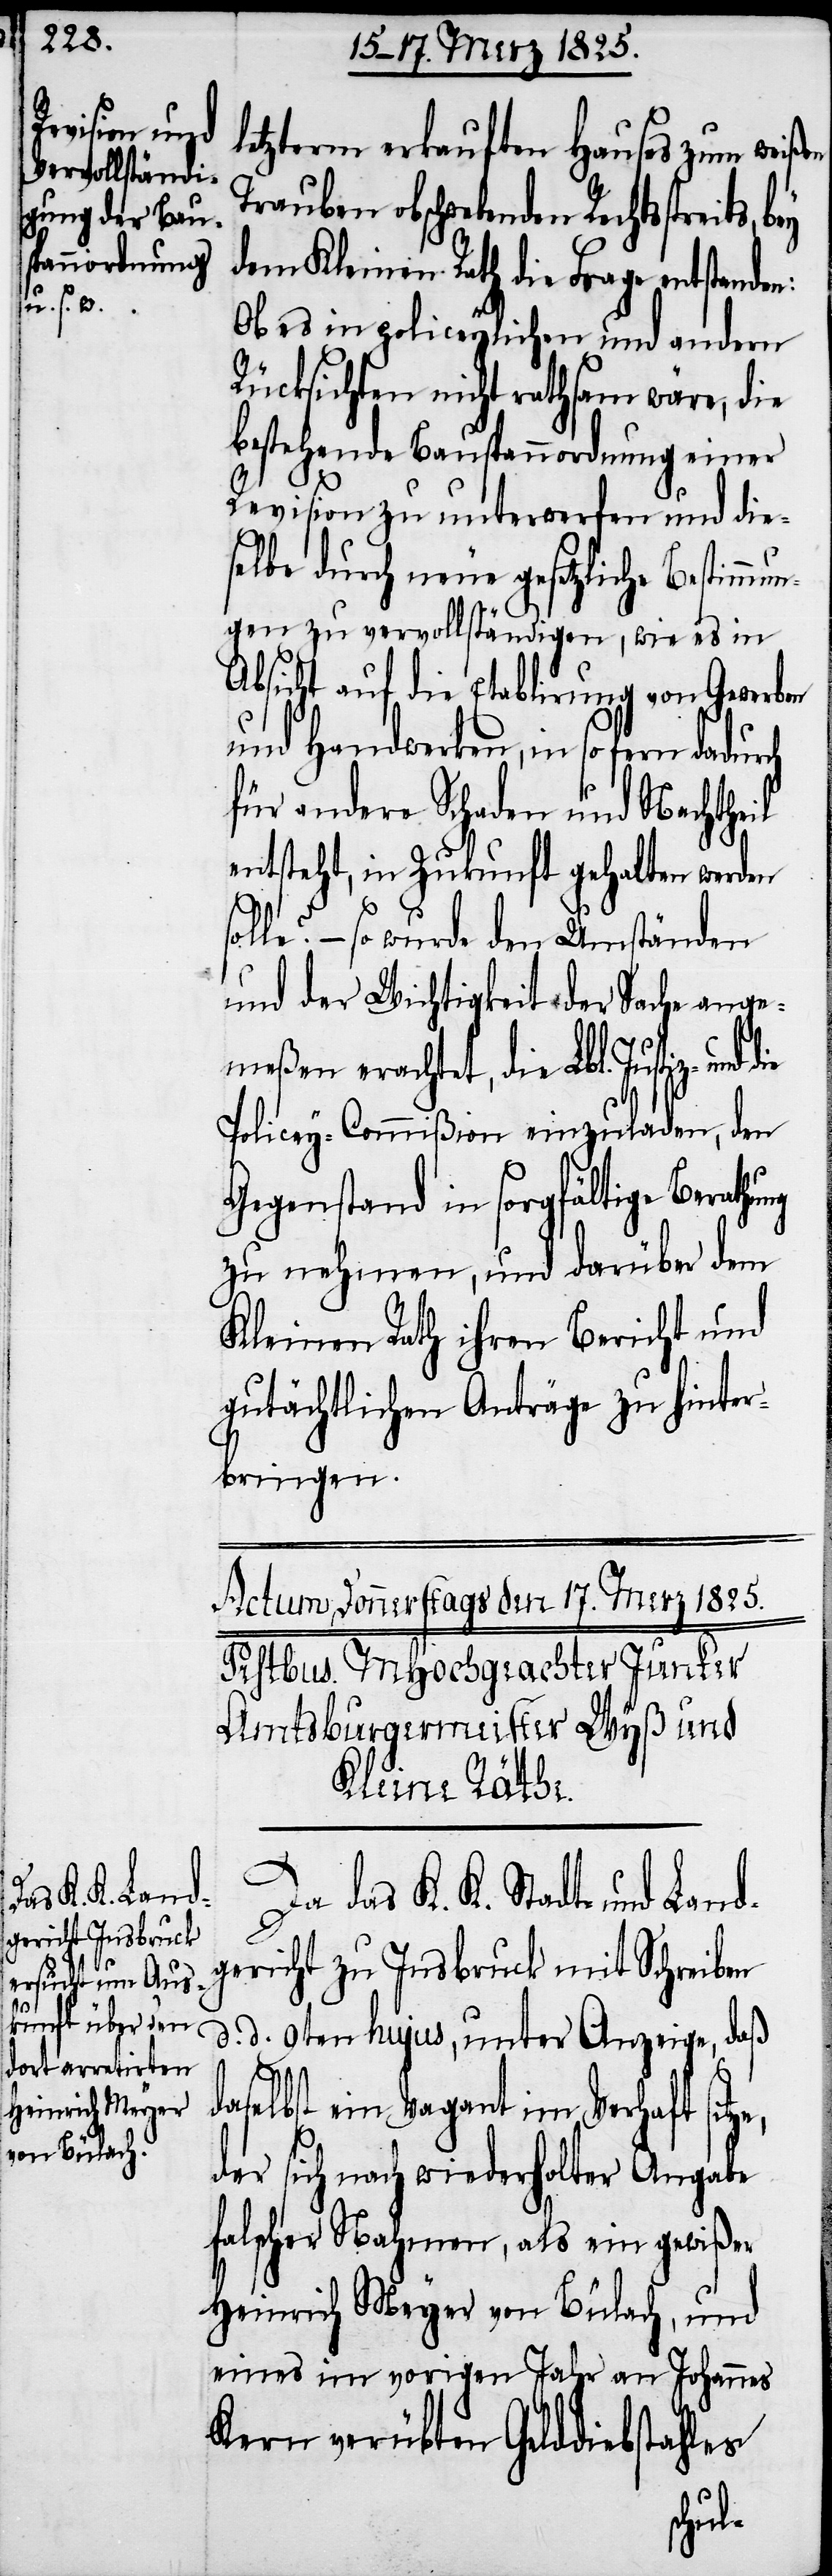
letzterm erkauften Hauses zum weißen
Trauben obschwebenden Rechtsstreit¬
dem Kleinen Rath die Frage entstande¬
Ob es in policeylichen und andern
Rücksichten nicht rathsam wäre, die
bestehende Bauspannordnung einer
Revision zu unterwerfen und die¬
selbe durch neue gesetzliche Bestimmun¬
gen zu vervollständigen, wie es in
Absicht auf die Etablirung von Gewerben
und Handwerken, in so fern dadurch
für andere Schaden und Nachtheil
entsteht, in Zukunft gehalten werden
olle? – so wurde den Umständen
und der Wichtigkeit der Sache ange¬
meßen erachtet, die Lbl. Justiz-
Policey-Commißion einzuladen, den
Gegenstand in sorgfältige Berathung
zu nehmen, und darüber dem
Kleinen Rath ihren Bericht und
gutächtlichen Anträge zu hinter¬
bringen.
Da das K. K. Stadt- und Land¬
gericht zu Insbruck mit Schreiben
d. d. 9ten hujus, unter Anzeige, daß
s¬
daselbst ein Vagant im Verhaft sitze,
der sich nach wiederholter Angabe
falscher Nahmen, als ein gewißer
Heinrich Meyer von Bülach, und
eines im vorigen Jahr an Johannes
Kern verübten Gelddiebstahles